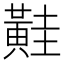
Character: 黊